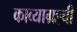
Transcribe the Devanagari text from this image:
काव्याग्रह्ची